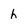
Character: h